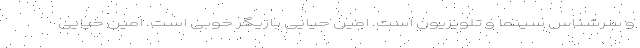
و سرشناس سینما و تلویزیون است. امین حیایی بازیگر خوبی است. امین حیایی